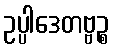
ဥပ္ပါဒေတဗ္ဗဉ္စ